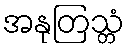
အနုတြသ္တံ